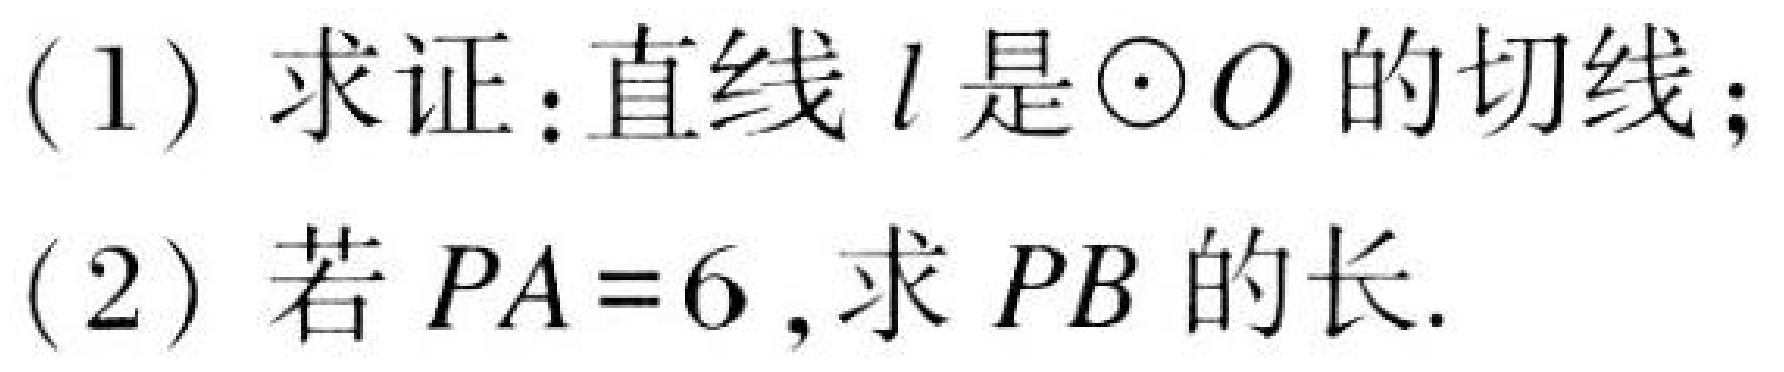
(1) 求证:直线\(l\)是\(\odot O\)的切线;
(2) 若\(PA = 6\),求\(PB\)的长.